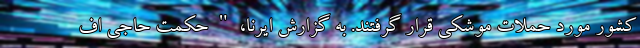
کشور مورد حملات موشکی قرار گرفتند. به گزارش ایرنا، " حکمت حاجی اف